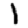
Digit: 1